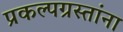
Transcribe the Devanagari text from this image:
प्रकल्पग्रस्तांना